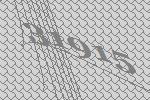
31915